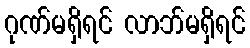
ဂုဏ်မရှိရင် လာဘ်မရှိရင်